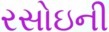
રસોઇની